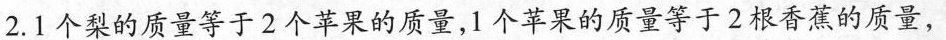
2.1个梨的质量等于2个苹果的质量，1个苹果的质量等于2根香蕉的质量，